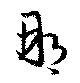
那